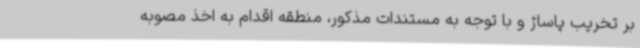
بر تخریب پاساژ و با توجه به مستندات مذکور، منطقه اقدام به اخذ مصوبه